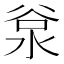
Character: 𣴲